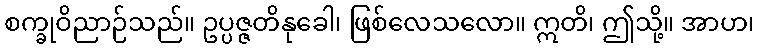
စက္ခုဝိညာဉ်သည်။ ဥပ္ပဇ္ဇတိနုခေါ၊ ဖြစ်လေသလော။ ဣတိ၊ ဤသို့။ အာဟ၊